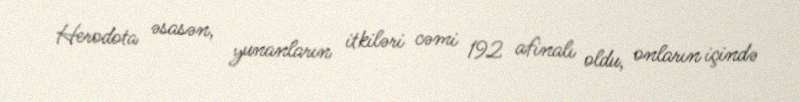
Herodota əsasən, yunanların itkiləri cəmi 192 afinalı oldu, onların içində